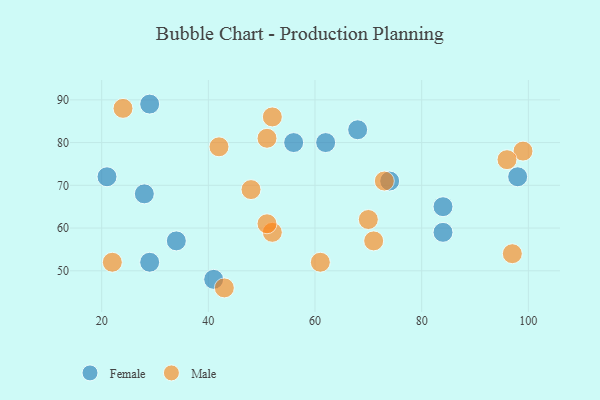
{"axis": {"x": "GDP", "y": "Life Expectancy"}, "legend": ["Female", "Male"], "data": [{"x": "84", "y": 59, "type": "Female"}, {"x": "74", "y": 71, "type": "Female"}, {"x": "34", "y": 57, "type": "Female"}, {"x": "29", "y": 89, "type": "Female"}, {"x": "68", "y": 83, "type": "Female"}, {"x": "98", "y": 72, "type": "Female"}, {"x": "21", "y": 72, "type": "Female"}, {"x": "84", "y": 65, "type": "Female"}, {"x": "28", "y": 68, "type": "Female"}, {"x": "62", "y": 80, "type": "Female"}, {"x": "41", "y": 48, "type": "Female"}, {"x": "29", "y": 52, "type": "Female"}, {"x": "56", "y": 80, "type": "Female"}, {"x": "51", "y": 81, "type": "Male"}, {"x": "99", "y": 78, "type": "Male"}, {"x": "97", "y": 54, "type": "Male"}, {"x": "61", "y": 52, "type": "Male"}, {"x": "73", "y": 71, "type": "Male"}, {"x": "43", "y": 46, "type": "Male"}, {"x": "96", "y": 76, "type": "Male"}, {"x": "22", "y": 52, "type": "Male"}, {"x": "24", "y": 88, "type": "Male"}, {"x": "70", "y": 62, "type": "Male"}, {"x": "48", "y": 69, "type": "Male"}, {"x": "52", "y": 59, "type": "Male"}, {"x": "51", "y": 61, "type": "Male"}, {"x": "42", "y": 79, "type": "Male"}, {"x": "52", "y": 86, "type": "Male"}, {"x": "71", "y": 57, "type": "Male"}]}